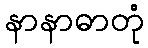
နာနာဓာတုံ